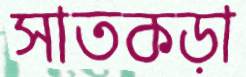
সাতকড়া